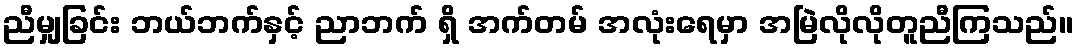
ညီမျှခြင်း ဘယ်ဘက်နှင့် ညာဘက် ရှိ အက်တမ် အလုံးရေမှာ အမြဲလိုလိုတူညီကြသည်။